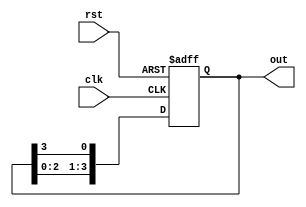
module ring_counter #(
    parameter N = 4  // Number of stages in the ring counter
)(
    input wire clk,       // Clock input
    input wire rst,       // Asynchronous reset input
    output reg [N-1:0] out // Output representing the current state
);

// Internal register to hold the state of the flip-flops
reg [N-1:0] state;

// Always block for sequential logic
always @(posedge clk or posedge rst) begin
    if (rst) begin
        // Initialize the counter to a known state
        state <= 1'b1;  // Set the first flip-flop to '1'
    end else begin
        // Shift the '1' to the next flip-flop in the ring
        state <= {state[N-2:0], state[N-1]}; // Shift left and wrap around
    end
end

// Assign the state to the output
always @(*) begin
    out = state;
end

endmodule